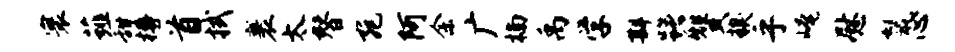
寰薤甜樽首拭裹太替宛阿余广楠禹学斟躇赞糗乎崦慰鬣心